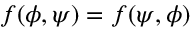
f ( \phi , \psi ) = f ( \psi , \phi )